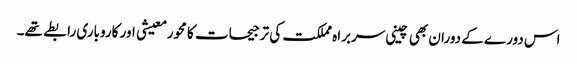
اس دورے کے دوران بھی چینی سربراہ مملکت کی ترجیحات کا محور معیشی اور کاروباری رابطے تھے۔